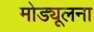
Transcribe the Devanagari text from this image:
मोड्यूलना